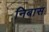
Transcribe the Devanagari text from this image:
निबास